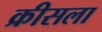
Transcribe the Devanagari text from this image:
क्रीसला